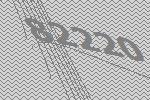
82220